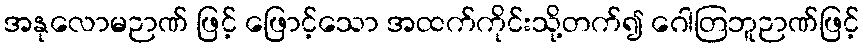
အနုလောမဉာဏ် ဖြင့် ဖြောင့်သော အထက်ကိုင်းသို့တက်၍ ဂေါတြဘူဉာဏ်ဖြင့်